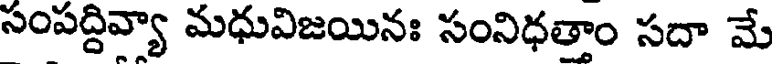
సంపద్దివ్యా మధువిజయినః సంనిధతాం సదా మే